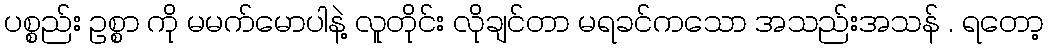
ပစ္စည်း ဥစ္စာ ကိုု မမက်မောပါနဲ့ လူတိုုင်း လိုုချင်တာ မရခင်ကသော အသည်းအသန် . ရတော့